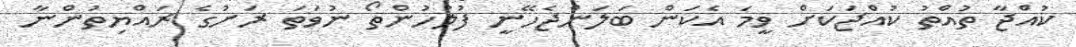
ކުއްޖާ ތުއްތު ކުއްޖަކަށް ވީމަ އެކަން ބަލަންޖެހޭނީ ފުލުހުންތޯ ނުވަތަ ރަށުގެ ރައްޔިތުންނާ